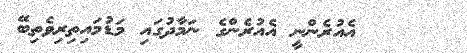
٢      އެއުރެންނީ އެއުރެންގެ ނަމާދުގައި މަޑުމައިތިރިވެތިބޭ